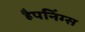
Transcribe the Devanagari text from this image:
हैपनिंग्स